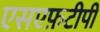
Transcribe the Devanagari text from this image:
एसएफ़टीपी